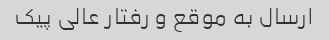
ارسال به موقع و رفتار عالی پیک